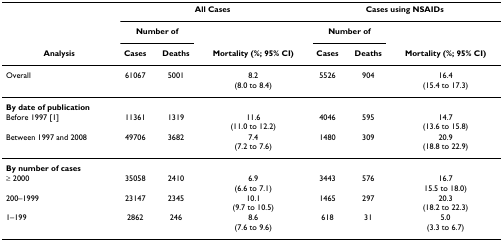
<table><thead><tr><td></td><td colspan="3"><b>All Cases</b></td><td colspan="3"><b>Cases using NSAIDs</b></td></tr><tr><td></td><td colspan="2"><b>Number of</b></td><td></td><td colspan="2"><b>Number of</b></td><td></td></tr><tr><td><b>Analysis</b></td><td><b>Cases</b></td><td><b>Deaths</b></td><td><b>Mortality (%; 95% CI)</b></td><td><b>Cases</b></td><td><b>Deaths</b></td><td><b>Mortality (%; 95% CI)</b></td></tr></thead><tbody><tr><td>Overall</td><td>61067</td><td>5001</td><td>8.2(8.0 to 8.4)</td><td>5526</td><td>904</td><td>16.4(15.4 to 17.3)</td></tr><tr><td><b>By date of publication</b></td><td></td><td></td><td></td><td></td><td></td><td></td></tr><tr><td>Before 1997 [1]</td><td>11361</td><td>1319</td><td>11.6(11.0 to 12.2)</td><td>4046</td><td>595</td><td>14.7(13.6 to 15.8)</td></tr><tr><td>Between 1997 and 2008</td><td>49706</td><td>3682</td><td>7.4(7.2 to 7.6)</td><td>1480</td><td>309</td><td>20.9(18.8 to 22.9)</td></tr><tr><td><b>By number of cases</b></td><td></td><td></td><td></td><td></td><td></td><td></td></tr><tr><td>≥ 2000</td><td>35058</td><td>2410</td><td>6.9(6.6 to 7.1)</td><td>3443</td><td>576</td><td>16.715.5 to 18.0)</td></tr><tr><td>200–1999</td><td>23147</td><td>2345</td><td>10.1(9.7 to 10.5)</td><td>1465</td><td>297</td><td>20.3(18.2 to 22.3)</td></tr><tr><td>1–199</td><td>2862</td><td>246</td><td>8.6(7.6 to 9.6)</td><td>618</td><td>31</td><td>5.0(3.3 to 6.7)</td></tr></tbody></table>